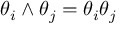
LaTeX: \theta _ { i } \wedge \theta _ { j } = \theta _ { i } \theta _ { j }